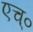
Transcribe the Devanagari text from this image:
एच्‌०